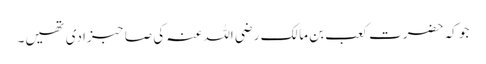
جو کہ حضرت کعب بن مالک رضی اللہ عنہ کی صاحبزادی تھیں۔